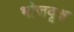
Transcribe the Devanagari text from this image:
भोजवृक्ष